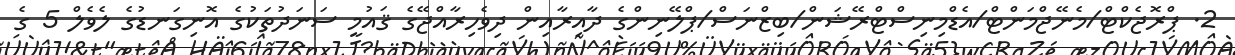
2. ޕްރޮޖެކްޓް/މެނޭޖްމަންޓް/އެޑްމިނިސްޓްރޭޝަން/ބިޒްނަސް/ޕްލޭނިންގެ ދާއިރާއިން ދިވެހިރާއްޖޭގެ ޤައުމީ ސަނަދުތަކުގެ އޮނިގަނޑުގެ ލެވެލް 5 ގެ